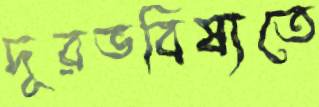
দূরভবিষ্যতে